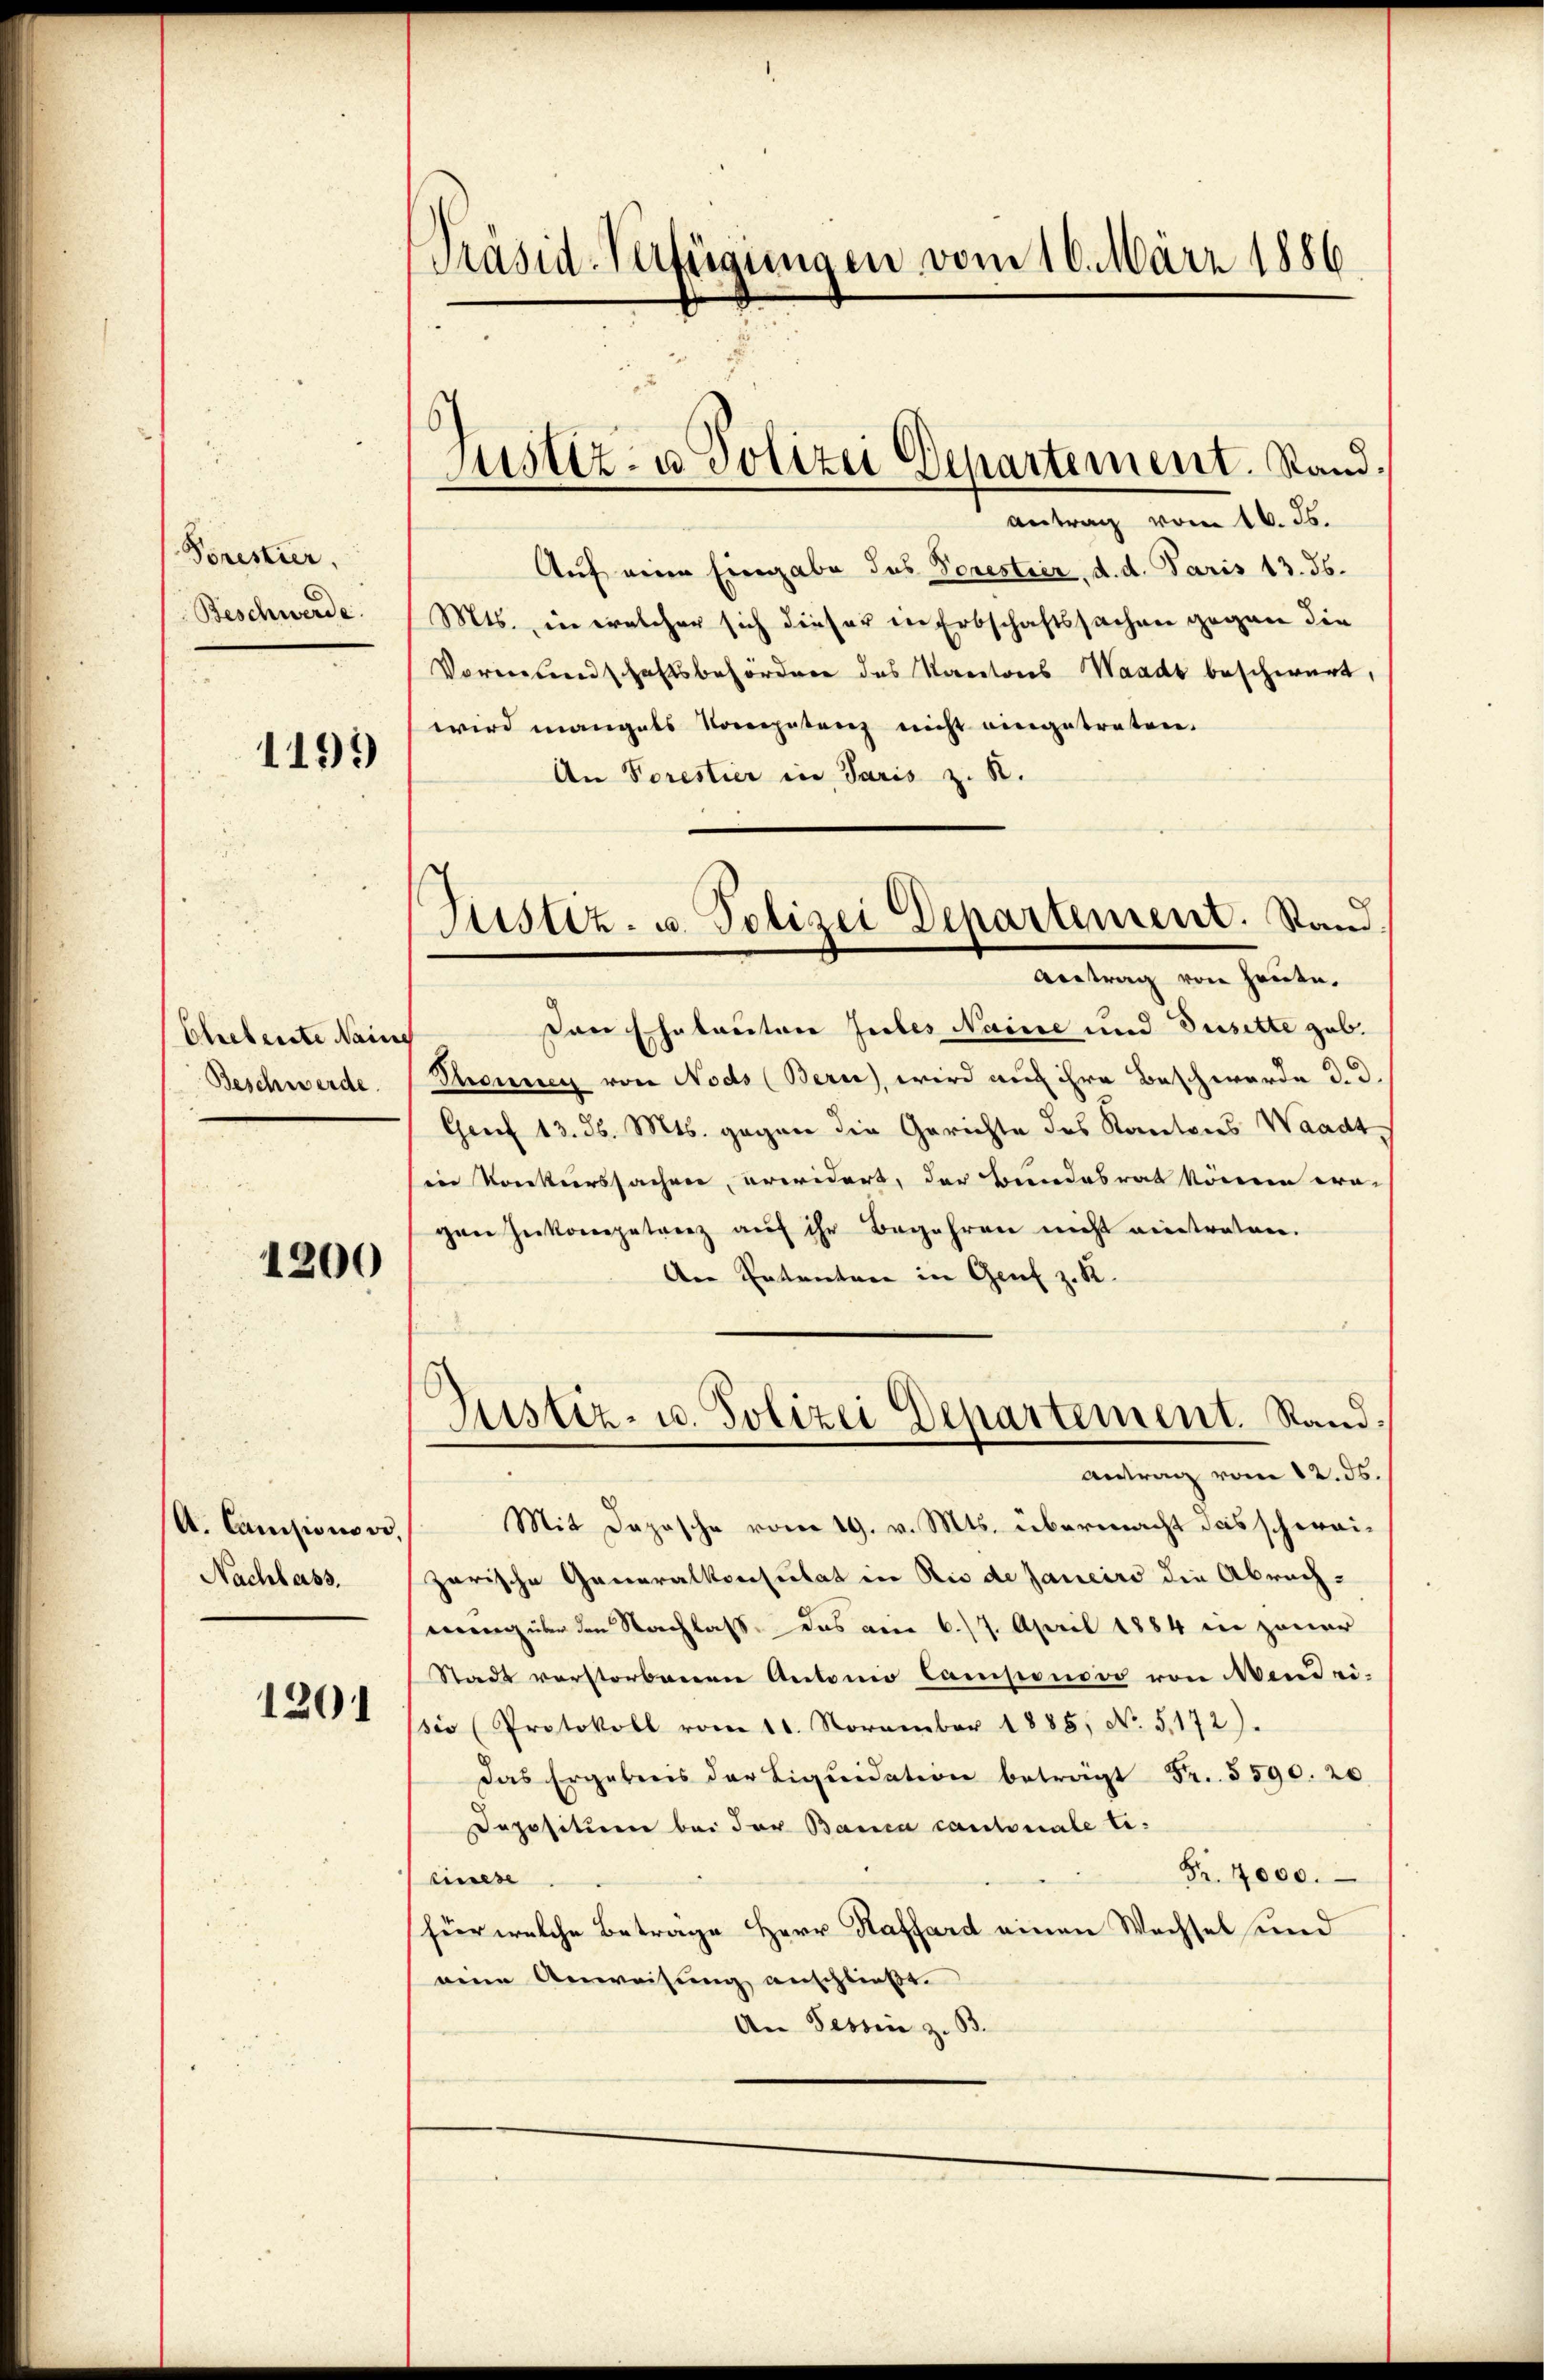
Porestier,
Beschwerde.

1191)

Ehebente Nain
Beschwerde.

1200

A. Canisions vo
Nachlass.

1201

[Präsid-Verfügungen vom 16. März 1886

Justiz- u Polizei Departement. Stand.

Justiz- u. Polizei Departement. Stand.
Antrag von heute.

antrag vom 16. ds.
Auf eine Eingabe des Sorestier, d. d. Paris 13. 36.
Mts., in welcher sich dieser in Erbschaftssachen gegen die
Vormundschaftsbehördern des Kantons Waadt beschwert,
wird mangels Kompetenz nicht eingetreten.
An Sorestier in Paris z. R.
Den Ehetauton Jules Naine und Dusitte geb.
Thonnen von Nods (Bern, wird auch ihre Beschwerde d. d.
Genf 13. d. Mts. gegen die Gerichte des Kantons Waadt,
sine Konkurssachen, erwidert, der Bundesrat können era-
gen Inkompetenz aŭf ihr Begehren nicht eintreten.
Der Ententen in Genf z. R.
Justiz- u. Polizei Departement. Sand¬
Antrag vom 12. ds.
Mit Daposche vom 19. v. Mts. übermacht das schweizarische Generalkonsulat in Rio de Janeiro die Abrechmengüter den Nachlasse das am 6./7. April 1884 in jener
Stadt verstorbenen Antonio Camponooo von Mendei-
io (Protokoll vom 11. November 1885, No. 5172).
das Ergebnis der Liquidation beträgt Fr. 5590. 20
Depositien bei der Banca cantonale Ti¬
Fr. 4000.
einese
für welche Beträge Herr Kaffard einen Wechsel und
weine Anweisung anschließt.
An Tessin z. B